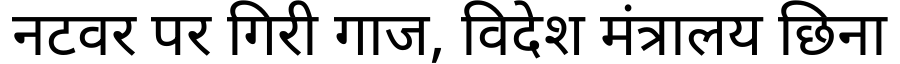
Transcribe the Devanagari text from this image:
नटवर पर गिरी गाज, विदेश मंत्रालय छिना